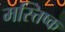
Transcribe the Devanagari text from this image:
मस्त्तिष्क